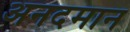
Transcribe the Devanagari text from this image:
अनदमान